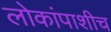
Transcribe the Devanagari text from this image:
लोकांपाशीच